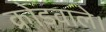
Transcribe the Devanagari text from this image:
क्रोडवाले।